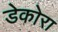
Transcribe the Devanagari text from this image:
डेकोरा